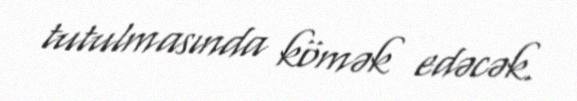
tutulmasında kömək edəcək.